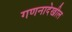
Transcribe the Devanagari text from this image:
गणनादेखील